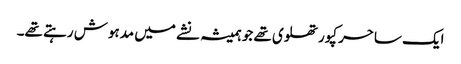
ایک ساحر کپورتھلوی تھے جو ہمیشہ نشے میں مدہوش رہتے تھے۔